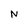
Character: N